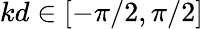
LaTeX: kd\in[-\pi/2,\pi/2]